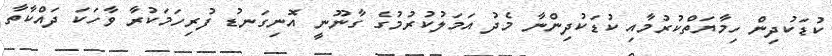
ކުޑަކުދިން ހިމާޔަތްކުރުމާއި ކުޑަކުދިންނާ މެދު އަމަލުކުރުމުގެ ގާނޫނީ އޮނިގަނޑު ފުރިހަމަކުރާ ވާހަކަ ދައްކާތާ